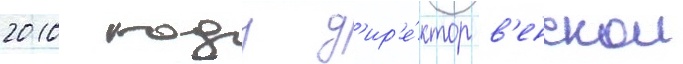
2010 году д'ир'е́ктор в'енскои